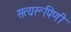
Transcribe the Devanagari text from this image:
सत्यरूपिणी